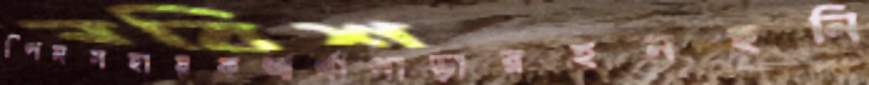
স্পিনসহায়কআর্থাপাড়ারহনহনি